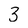
Character: 3